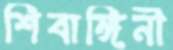
শিবাঙ্গিনী